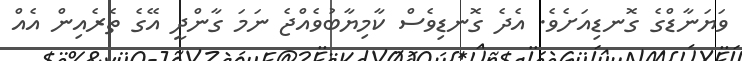
ވަޔަނާޑްގެ ގޮނޑިއަށެވެ. އެދެ ގޮނޑިވެސް ކާމިޔާބުވެއްޖެ ނަމަ ގާންދީ އޭގެ ތެރެއިން އެއް